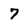
Character: 7